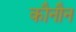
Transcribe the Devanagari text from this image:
कौनौन